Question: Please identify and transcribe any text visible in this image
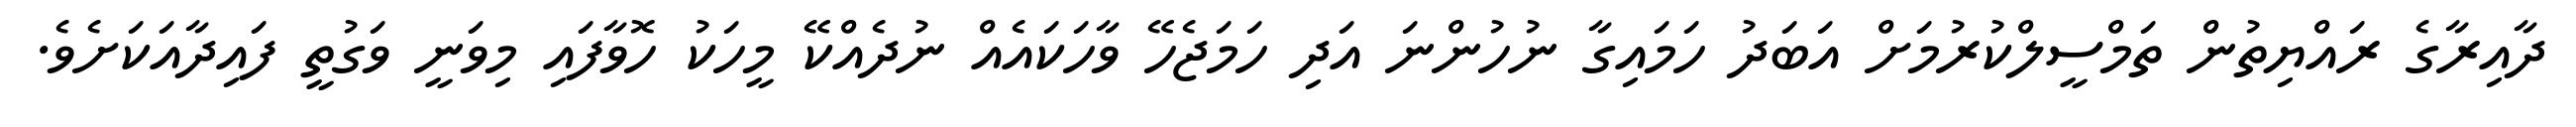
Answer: ދާއިރާގެ ރައްޔިތުން ތަމްސީލްކުރުމަށް އަބަދު ހަމައިގާ ނުހުންނަ އަދި ހަމަޖެހޭ ވާހަކައެއް ނުދެއްކޭ މީހަކު ހޮވާފައި މިވަނީ ވަގުތީ ފައިދާއަކަށެވެ.